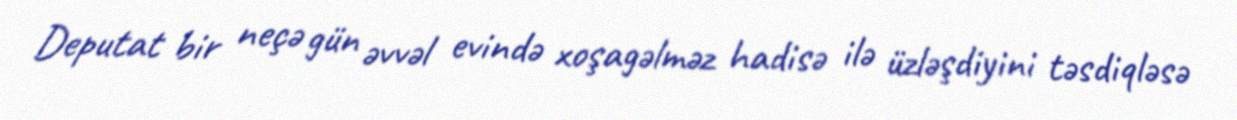
Deputat bir neçə gün əvvəl evində xoşagəlməz hadisə ilə üzləşdiyini təsdiqləsə